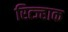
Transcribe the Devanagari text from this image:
रित्ज्हाक